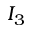
I _ { 3 }